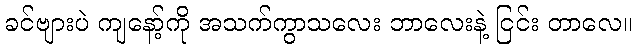
ခင်ဗျားပဲ ကျနော့်ကို အသက်ကွာသလေး ဘာလေးနဲ့ ငြင်း တာလေ။